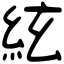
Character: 絃